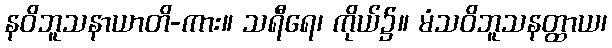
နဝိဘူသနာယာတိ-ကား။ သရီရေ၊ ကိုယ်၌။ မံသဝိဘူသနတ္ထာယ၊